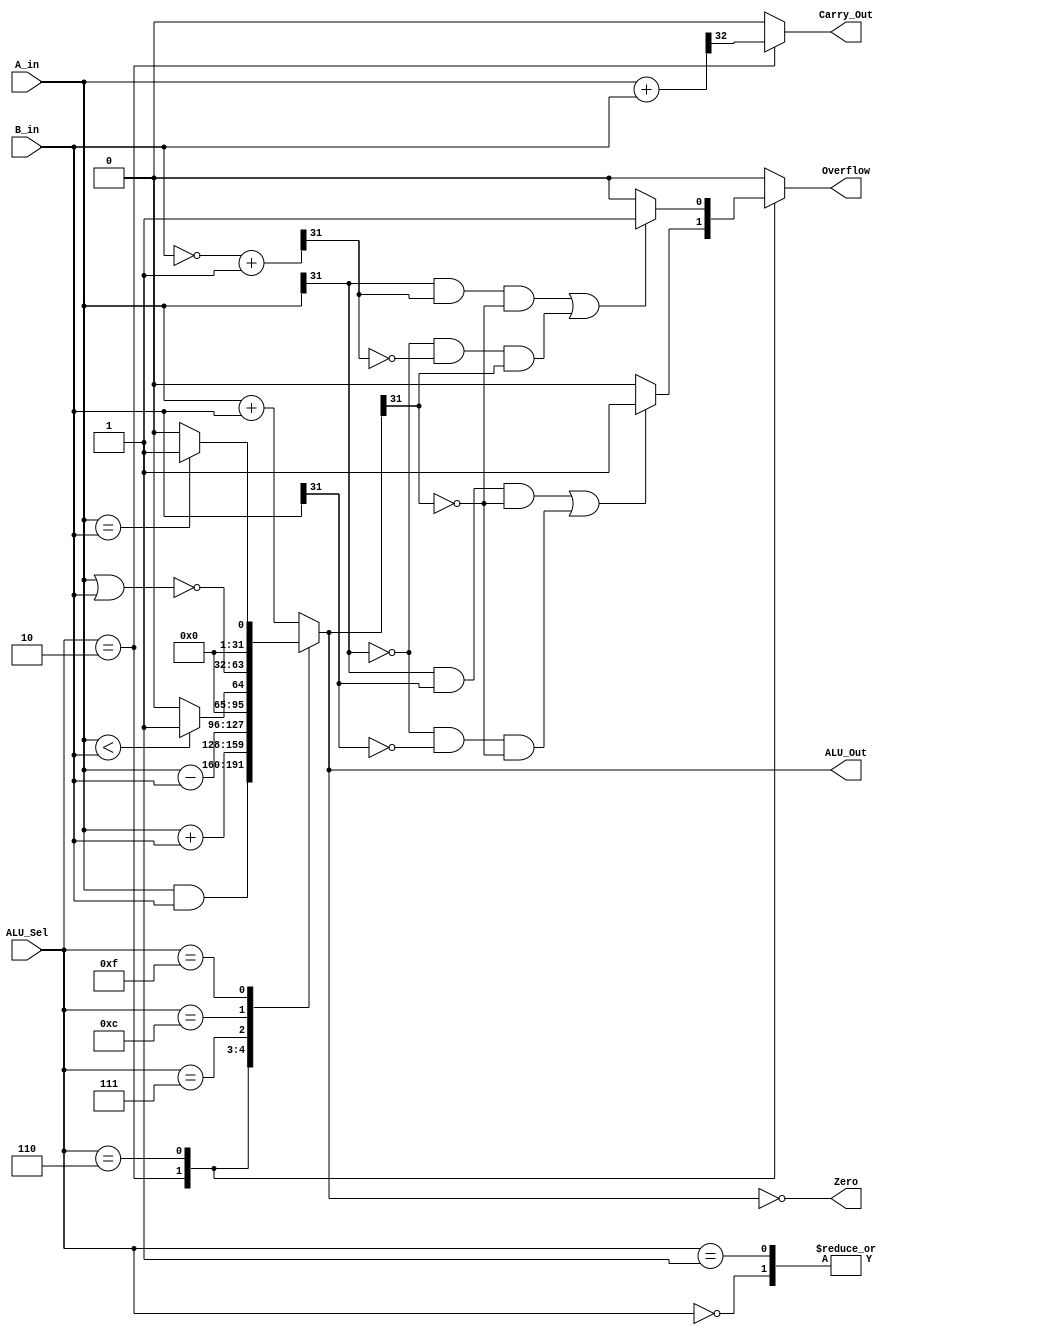
`timescale 1ns / 1ps
//////////////////////////////////////////////////////////////////////////////////
// Company: 
// Engineer: 
// 
// Design Name: 
// Module Name: ALU
// Project Name: 
// Target Devices: 
// Tool Versions: 
// Description: 
// 
// Dependencies: 
// 
// Revision:
// Revision 0.01 - File Created
// Additional Comments:
// 
//////////////////////////////////////////////////////////////////////////////////
 module alu_32(
    input [31:0] A_in,B_in,
    input [3:0] ALU_Sel,
    output[31:0] ALU_Out,
    output reg Carry_Out,
    output     Zero,
    output reg Overflow = 1'b0
 );
 reg [31:0] ALU_Result;
 reg [32:0] temp;
 reg [32:0] twos_com;
 assign ALU_Out = ALU_Result;
 assign Zero = (ALU_Result == 0);
 always @(*)
    begin
    Overflow = 1'b0;
    Carry_Out = 1'b0;
    case(ALU_Sel)
        4'b0000:
            ALU_Result = A_in & B_in;
        4'b0001:
            ALU_Result = A_in & B_in;
        4'b0010:
        begin
            ALU_Result = $signed(A_in) + $signed(B_in);
            temp = {1'b0,A_in} + {1'b0, B_in};
            Carry_Out = temp[32];
            if ((A_in[31] & B_in[31] & ~ALU_Out[31])|(~A_in[31] & ~B_in[31] & ~ALU_Out[31]))
                Overflow = 1'b1;
            else
                Overflow = 1'b0;
        end
        4'b0110:
        begin
             ALU_Result = $signed(A_in)-$signed(B_in);
             twos_com = ~(B_in) + 1'b1;
             if ((A_in[31] & twos_com[31] & ~ALU_Out[31])|(~A_in[31] & ~twos_com[31] & ALU_Out[31]))
                Overflow = 1'b1;
             else
                Overflow = 1'b0;
        end
        4'b0111:
            ALU_Result = ($signed(A_in)<$signed(B_in))?32'd1:32'd0;
        4'b1100:
            ALU_Result = ~(A_in | B_in);
        4'b1111:
            ALU_Result = (A_in==B_in)?32'd1:32'd0;
        default: ALU_Result = A_in + B_in;
    endcase
    end
 endmodule